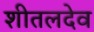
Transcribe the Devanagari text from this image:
शीतलदेव